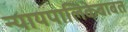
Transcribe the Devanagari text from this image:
न्यायपालिकेबाबत